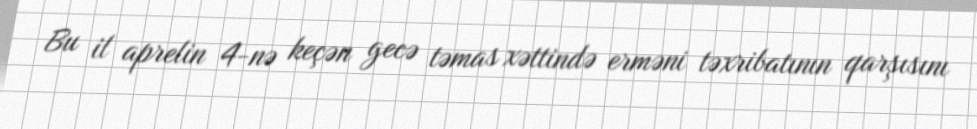
Bu il aprelin 4-nə keçən gecə təmas xəttində erməni təxribatının qarşısını